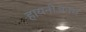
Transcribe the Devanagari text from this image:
हायनीअनस